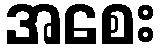
အစေး